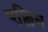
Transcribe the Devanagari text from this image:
एक्लिन